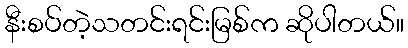
နီးစပ်တဲ့သတင်းရင်းမြစ်က ဆိုပါတယ်။